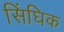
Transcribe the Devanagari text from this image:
सिंघिक